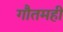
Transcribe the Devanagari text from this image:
गौतमही